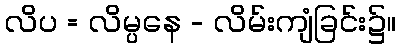
လိပ = လိမ္ပနေ - လိမ်းကျံခြင်း၌။